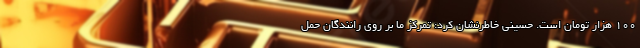
۱۰۰ هزار تومان است. حسینی خاطرنشان کرد: تمرکز ما بر روی رانندگان حمل